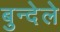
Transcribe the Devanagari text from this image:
बुन्देले